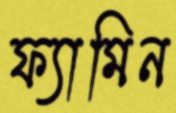
ফ্যামিন